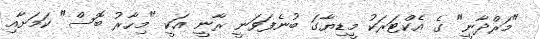
"މަރްދާނީ" ގެ އެކްޓަރަކު މީޑިޔާގަ ބުނެފަވަނީ ރާނީ އަކީ "މިހާރު ބޮސް" ކަމަށާއި